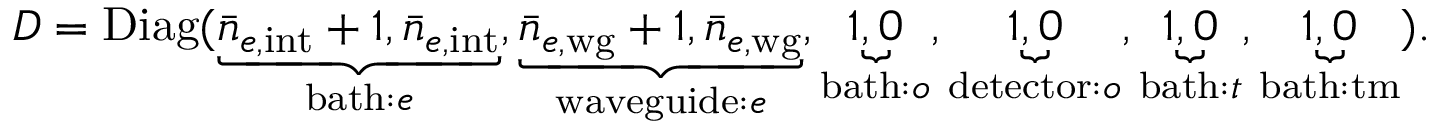
D = \mathrm { D i a g } ( \underbrace { \bar { n } _ { e , \mathrm { i n t } } + 1 , \bar { n } _ { e , \mathrm { i n t } } } _ { \mathrm { b a t h : } e } , \underbrace { \bar { n } _ { e , \mathrm { w g } } + 1 , \bar { n } _ { e , \mathrm { w g } } } _ { \mathrm { w a v e g u i d e : } e } , \underbrace { 1 , 0 } _ { \mathrm { b a t h : } o } , \underbrace { 1 , 0 } _ { \mathrm { d e t e c t o r : } o } , \underbrace { 1 , 0 } _ { \mathrm { b a t h : } t } , \underbrace { 1 , 0 } _ { \mathrm { b a t h : } \mathrm { t m } } ) .